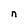
Character: n